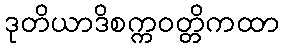
ဒုတိယာဒိစက္ကဝတ္တိကထာ